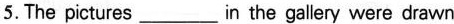
5. The pictures___in the gallery were drawn